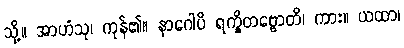
သို့။ အာဟံသု၊ ကုန်၏။ နာဂေါပိ ရက္ခိတဗ္ဗောတိ၊ ကား။ ယထာ၊